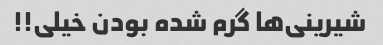
شیرینی‌ها گرم شده بودن خیلی!!